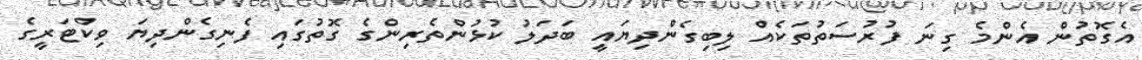
އެގޮތުން އެންމެ ގިނަ ފުރުސަތުތަކެއް ލިބިގެންދިޔައީ ބަދަލު ކުޅުންތެރިންގެ ގޮތުގައި ފެނިގެންދިޔަ ވިކްޓަރީގެ